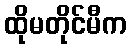
ထိုမတိုင်မီက